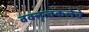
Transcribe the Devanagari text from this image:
वक्तृत्वकलेचे